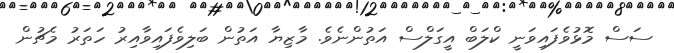
ސަސް މޮޅުވެފައިވަނީ ކްލަބް އީގަލްސް އަތުންނެވެ. މާޒިޔާ އަތުން ބަލިވެފައިވާއިރު ހަތަރު މެޗުން